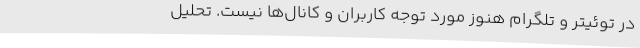
در توئیتر و تلگرام هنوز مورد توجه کاربران و کانال‌ها نیست. تحلیل